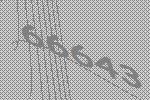
66643